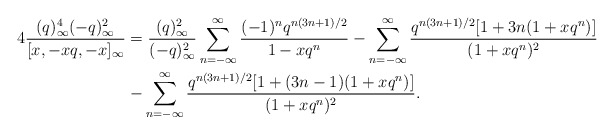
\begin{align*} 4\frac{(q)_\infty^4(-q)_\infty^2}{[x, -xq, -x]_\infty}&= \frac{(q)_\infty^2}{(-q)_\infty^2} \sum_{n=-\infty}^{\infty}\frac{(-1)^{n}q^{n(3n+1)/2}}{1-xq^n}-\sum_{n=-\infty}^{\infty}\frac{q^{n(3n+1)/2}[1+3n(1+xq^n)]}{(1+xq^n)^2}\\&-\sum_{n=-\infty}^{\infty}\frac{q^{n(3n+1)/2}[1+(3n-1)(1+xq^n)]}{(1+xq^n)^2}.\end{align*}